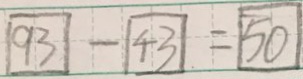
9 3 - 4 3 = 5 0